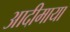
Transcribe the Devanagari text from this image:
आदीमाया